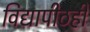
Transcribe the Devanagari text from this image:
विद्यापीठही